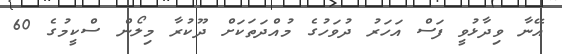
އޭނާ ވިދާޅުވީ ފަސް އަހަރު ދުވަހުގެ މުއްދަތަކަށް ދޫކުރާ މިލޯން ސްކީމުގެ 60